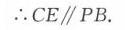
\(\therefore CE\parallel PB\).